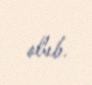
olub.